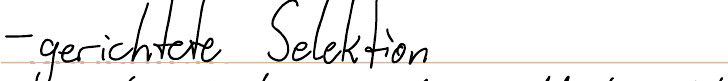
- gerichtete Selektion